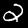
Label: 2